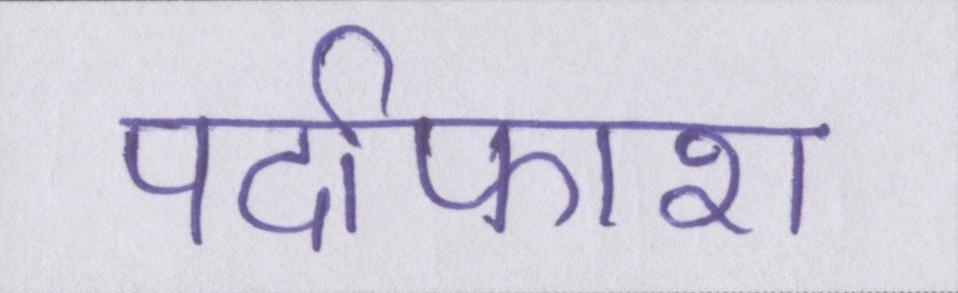
पर्दाफाश